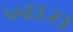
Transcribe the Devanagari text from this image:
५५६६२३